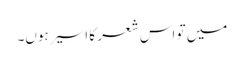
میں تو اس شعر کا اسیر ہوں۔